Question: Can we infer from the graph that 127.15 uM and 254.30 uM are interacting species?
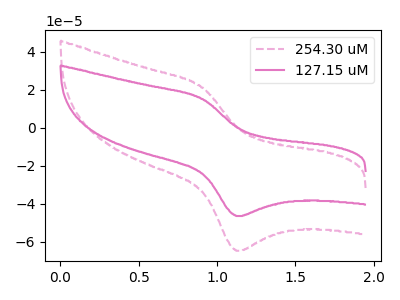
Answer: <think>The pink dashed curve "254.30 uM" has an anodic peak at (0.90V, 21.25uA) and a cathodic peak at (1.10V, -64.65uA). The pink curve "127.15 uM" has an anodic peak at (0.90V, 15.25uA) and a cathodic peak at (1.10V, -46.35uA).
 All the peaks in "127.15 uM" have a peak in "254.30 uM" at the same potential. Every peak in "127.15 uM" is lower than every peak in "254.30 uM".</think>
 <answer>No, "127.15 uM" and "254.30 uM" don't appear to be significantly different in shape</answer>
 <eval>no_change</eval>